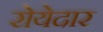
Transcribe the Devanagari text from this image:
रोयेदार